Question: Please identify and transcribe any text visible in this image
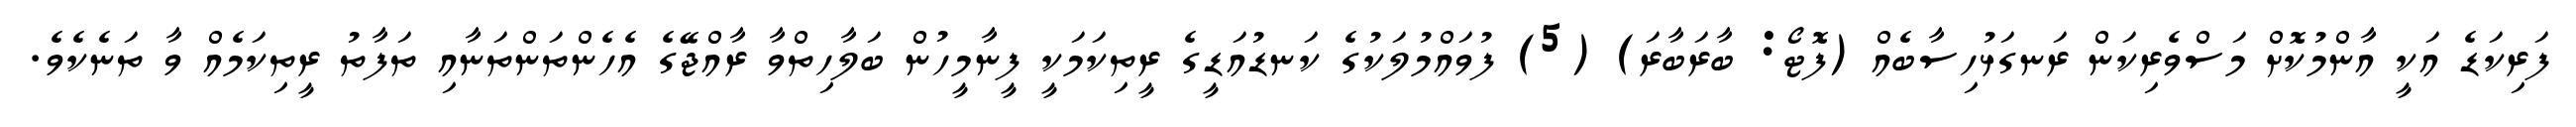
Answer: ފަރިކަޑެ އަކީ އާންމުކޮށް މަސްވެރިކަން ރަނގަޅުހިސާބެއް (ފޮޓޯ: ބާރަބާރަ) (5) ފުވައްމުލަކުގެ ކަނޑުއަޑީގެ ރީތިކަމަކީ ފީނާމީހުން ބަލާހިތްވާ ރާއްޖޭގެ އެހެންތަންތަނާއި ތަފާތު ރީތިކަމެއް ވާ ތަނެކެވެ.